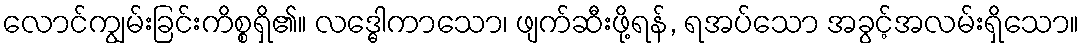
လောင်ကျွမ်းခြင်းကိစ္စရှိ၏။ လဒ္ဓေါကာသော၊ ဖျက်ဆီးဖို့ရန်, ရအပ်သော အခွင့်အလမ်းရှိသော။